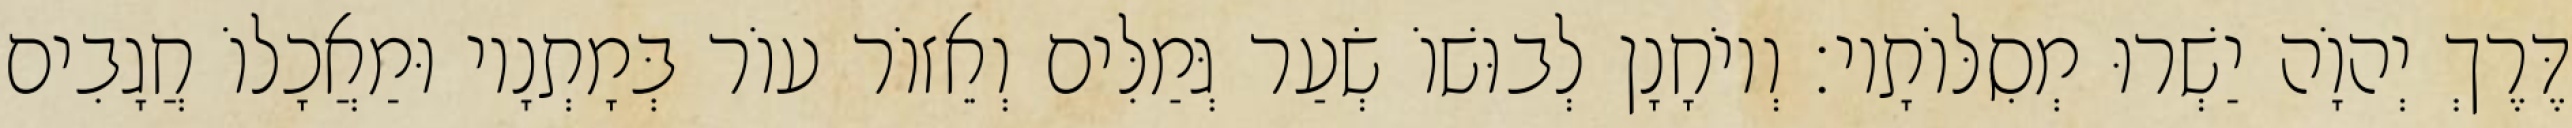
דֶּרֶךְ יְהוָֹה יַשְׁרוּ מְסִלּוֹתָיו׃ וְיוֹחָנָן לְבוּשׁוֹ שְׂעַר גְּמַלִּים וְאֵזוֹר עוֹר בְּמָתְנָיו וּמַאֲכָלוֹ חֲגָבִים